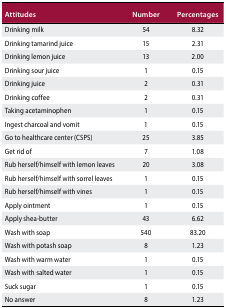
<table><thead><tr><td><b>Attitudes</b></td><td><b>Number</b></td><td><b>Percentages</b></td></tr></thead><tbody><tr><td>Drinking milk</td><td>54</td><td>8.32</td></tr><tr><td>Drinking tamarind juice</td><td>15</td><td>2.31</td></tr><tr><td>Drinking lemon juice</td><td>13</td><td>2.00</td></tr><tr><td>Drinking sour juice</td><td>1</td><td>0.15</td></tr><tr><td>Drinking juice</td><td>2</td><td>0.31</td></tr><tr><td>Drinking coffee</td><td>2</td><td>0.31</td></tr><tr><td>Taking acetaminophen</td><td>1</td><td>0.15</td></tr><tr><td>Ingest charcoal and vomit</td><td>1</td><td>0.15</td></tr><tr><td>Go to healthcare center (CSPS)</td><td>25</td><td>3.85</td></tr><tr><td>Get rid of</td><td>7</td><td>1.08</td></tr><tr><td>Rub herself/himself with lemon leaves</td><td>20</td><td>3.08</td></tr><tr><td>Rub herself/himself with sorrel leaves</td><td>1</td><td>0.15</td></tr><tr><td>Rub herself/himself with vines</td><td>1</td><td>0.15</td></tr><tr><td>Apply ointment</td><td>1</td><td>0.15</td></tr><tr><td>Apply shea-butter</td><td>43</td><td>6.62</td></tr><tr><td>Wash with soap</td><td>540</td><td>83.20</td></tr><tr><td>Wash with potash soap</td><td>8</td><td>1.23</td></tr><tr><td>Wash with warm water</td><td>1</td><td>0.15</td></tr><tr><td>Wash with salted water</td><td>1</td><td>0.15</td></tr><tr><td>Suck sugar</td><td>1</td><td>0.15</td></tr><tr><td>No answer</td><td>8</td><td>1.23</td></tr></tbody></table>